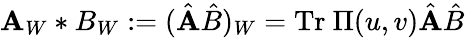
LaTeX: \mathbf{A}_{W}*B_{W}:=(\hat{{\mathbf{A}}}\hat{{B}})_{W}=\mathrm{{Tr}}~\Pi(u,v)\hat{{\mathbf{A}}}\hat{{B}}